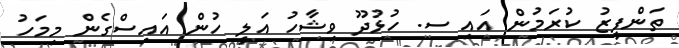
ތަންފީޒު ކުރަމުން އައި ސ. ހުޅުދޫ ވިޝާހު އަލީ ހުން އައިސްގެން މިމަހު